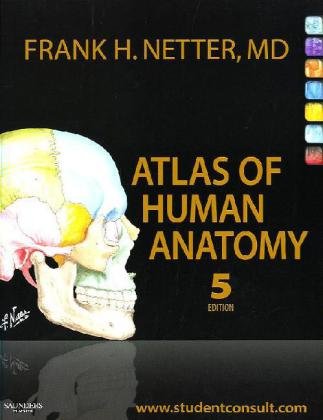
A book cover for Atlas of Human Anatomy: with Student Consult Access, 5e (Netter Basic Science); Frank H. Netter MD; Medical Books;